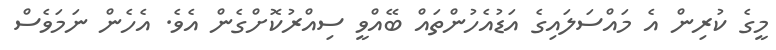
މީގެ ކުރިން އެ މައްސަލައިގެ އަޑުއެހުންތައް ބޭއްވީ ސިއްރުކޮށްގެން އެވެ. އެހެން ނަމަވެސް